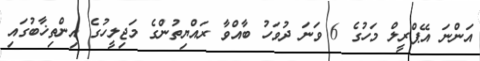
އަންނަ އޭޕްރީލް މަހުގެ 6 ވަނަ ދުވަހު ބާއްވާ ރައްޔިތުންގެ މަޖިލީހުގެ އިންތިޚާބުގައި